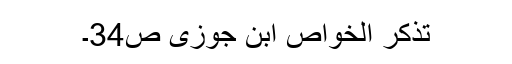
تذکر الخواص ابن جوزی ص34۔